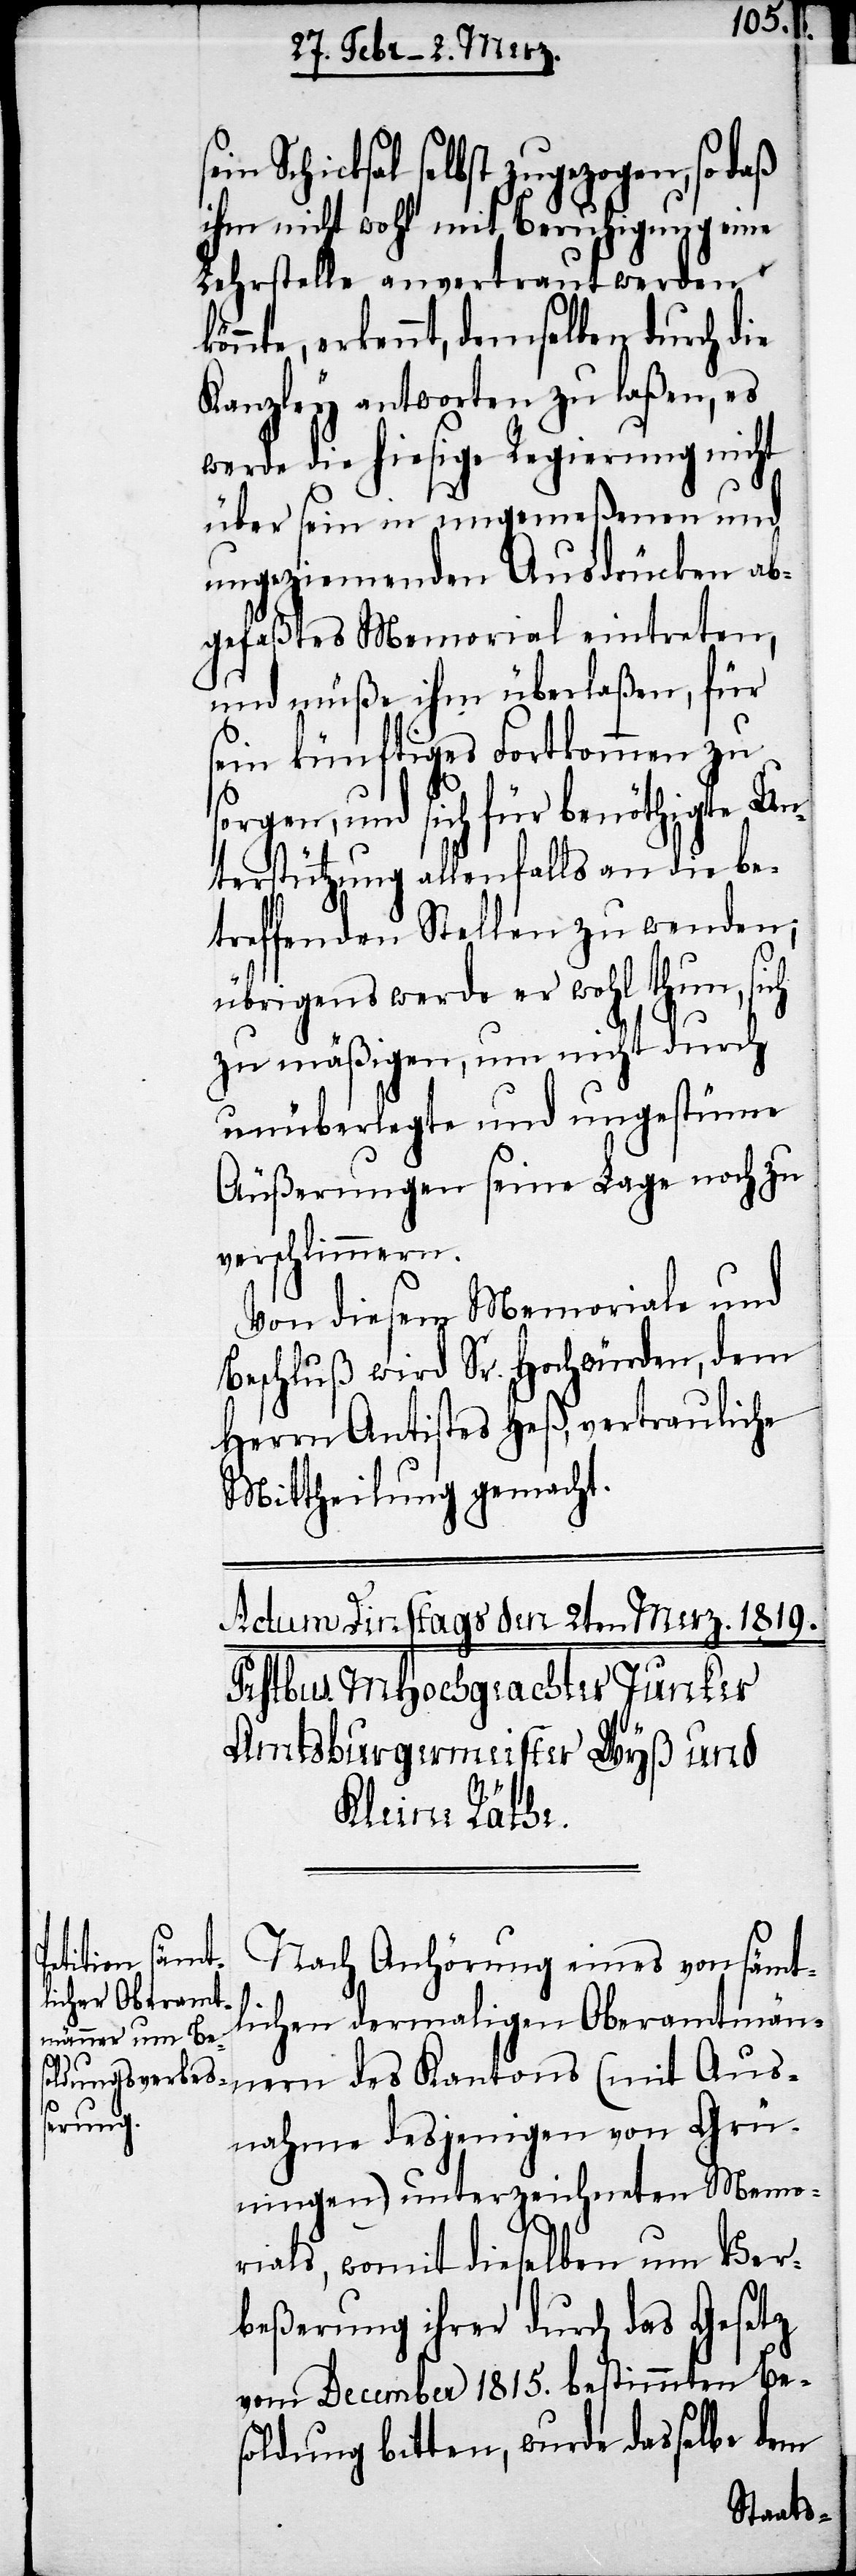
selbe dem

Schicksal selbst zugezogen, so daß
ihm nicht wohl mit Beruhigung eine
Lehrstelle anvertraut werden k¬
önnte, erkennt, demselben durch die
Kanzley antworten zu laßen, es
werde die hiesige Regierung nicht
über sein in ungemeßenen und
ungeziemenden Ausdrücken ab¬
gefaßtes Memorial eintreten,
und müße ihm überlaßen, für
sein künftiges Fortkommen zu
sorgen, und sich für benöthigte Un¬
terstützung allenfalls an die be¬
treffenden Stellen zu wenden,
übrigens werde er wohl thun, sich
zu mäßigen, um nicht durch
unüberlegte und ungestüme
Äußerungen seine Lage noch zu
verschlimmern.
Von diesem Memoriale und
Beschluß wird Sr. Hochwürden, dem
Herrn Antistes Heß, vertrauliche
Mittheilung gemacht.
Nach Anhörung eines von sämtl¬
ichen dermaligen Oberamtmän¬
nern des Kantons (mit Aus¬
nahme desjenigen von Grü¬
ningen) unterzeichneten Memo¬
rials, womit dieselben um Ver¬
beßerung ihrer durch das Gesetz
vom December 1815. bestimmten Be¬
soldung bitten, wurde das¬